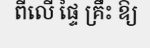
ពីលើ ផ្ទៃ គ្រឹះ ឱ្យ